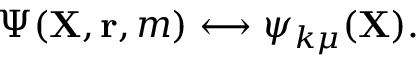
\Psi ( { \mathbf { X } } , { \mathbf { r } } , m ) \longleftrightarrow \psi _ { k \mu } ( { \mathbf { X } } ) .